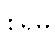
စရမ္ပိ